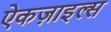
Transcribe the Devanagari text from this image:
ऐकज़ाइल्स